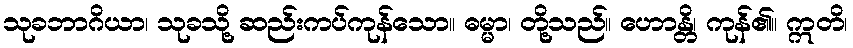
သုခဘာဂိယာ၊ သုခသို့ ဆည်းကပ်ကုန်သော။ ဓမ္မာ၊ တို့သည်။ ဟောန္တိ၊ ကုန်၏။ ဣတိ၊